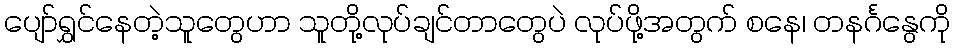
ပျော်ရွှင်နေတဲ့သူတွေဟာ သူတို့လုပ်ချင်တာတွေပဲ လုပ်ဖို့အတွက် စနေ၊ တနင်္ဂနွေကို